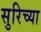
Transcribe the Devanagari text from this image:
सुरिच्या